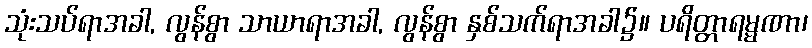
သုံးသပ်ရာအခါ, လွန်စွာ သာယာရာအခါ, လွန်စွာ နှစ်သက်ရာအခါ၌။ ပရိတ္တာရမ္မဏာ၊